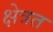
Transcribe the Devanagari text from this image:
क्षेत्रत